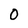
Character: 0